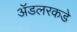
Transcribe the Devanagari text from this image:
ॲडलरकडे